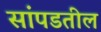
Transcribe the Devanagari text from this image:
सांपडतील